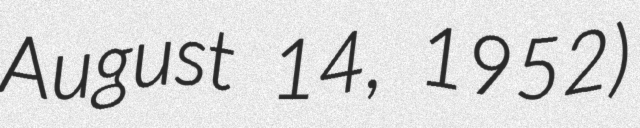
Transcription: August 14, 1952)